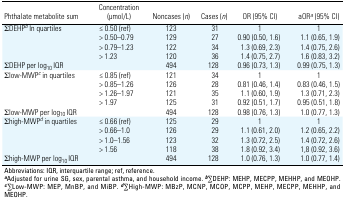
<table><thead><tr><td><b>Phthalate metabolite sum</b></td><td><b>Concentration (μmol/L)</b></td><td><b>Noncases (n)</b></td><td><b>Cases (n)</b></td><td><b>OR (95% CI)</b></td><td><b>aORa (95% CI)</b></td></tr></thead><tbody><tr><td rowspan="4">ΣDEHPb In quartiles</td><td>≤ 0.50 (ref)</td><td>123</td><td>31</td><td>1</td><td>1</td></tr><tr><td>&gt; 0.50–0.79</td><td>129</td><td>27</td><td>0.90 (0.50, 1.6)</td><td>1.1 (0.65, 1.9)</td></tr><tr><td>&gt; 0.79–1.23</td><td>122</td><td>34</td><td>1.3 (0.69, 2.3)</td><td>1.4 (0.75, 2.6)</td></tr><tr><td>&gt; 1.23</td><td>120</td><td>36</td><td>1.4 (0.75, 2.7)</td><td>1.6 (0.83, 3.2)</td></tr><tr><td>ΣDEHP per log10 IQR</td><td></td><td>494</td><td>128</td><td>0.96 (0.73, 1.3)</td><td>0.99 (0.75, 1.3)</td></tr><tr><td rowspan="4">Σlow-MWPc in quartiles</td><td>≤ 0.85 (ref)</td><td>121</td><td>34</td><td>1</td><td>1</td></tr><tr><td>&gt; 0.85–1.26</td><td>126</td><td>28</td><td>0.81 (0.46, 1.4)</td><td>0.83 (0.46, 1.5)</td></tr><tr><td>&gt; 1.26–1.97</td><td>121</td><td>35</td><td>1.1 (0.60, 1.9)</td><td>1.3 (0.71, 2.3)</td></tr><tr><td>&gt; 1.97</td><td>125</td><td>31</td><td>0.92 (0.51, 1.7)</td><td>0.95 (0.51, 1.8)</td></tr><tr><td>Σlow-MWP per log10 IQR</td><td></td><td>494</td><td>128</td><td>0.98 (0.76, 1.3)</td><td>1.0 (0.77, 1.3)</td></tr><tr><td rowspan="4">Σhigh-MWPd in quartiles</td><td>≤ 0.66 (ref)</td><td>125</td><td>29</td><td>1</td><td>1</td></tr><tr><td>&gt; 0.66–1.0</td><td>126</td><td>29</td><td>1.1 (0.61, 2.0)</td><td>1.2 (0.65, 2.2)</td></tr><tr><td>&gt; 1.0–1.56</td><td>123</td><td>32</td><td>1.3 (0.72, 2.5)</td><td>1.4 (0.72, 2.6)</td></tr><tr><td>&gt; 1.56</td><td>118</td><td>38</td><td>1.8 (0.92, 3.4)</td><td>1,8 (0.92, 3.6)</td></tr><tr><td>Σhigh-MWP per log10 IQR</td><td></td><td>494</td><td>128</td><td>1.0 (0.76, 1.3)</td><td>1.0 (0.77, 1.4)</td></tr><tr><td colspan="6">Abbreviations: IQR, interquartile range; ref, reference.aAdjusted for urine SG, sex, parental asthma, and household income.b∑DEHP: MEHP, MECPP, MEHHP, and MEOHP. c∑Low-MWP: MEP, MnBP, and MiBP.d∑High-MWP: MBzP, MCNP, MCOP, MCPP, MEHP, MECPP, MEHHP, and MEOHP.</td></tr></tbody></table>